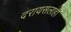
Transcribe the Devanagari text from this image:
दरायसलाही